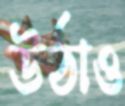
উঠাও